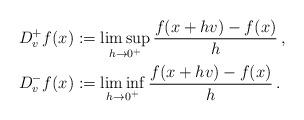
LaTeX: \begin{align*}D^+_vf(x) & := \limsup_{h\to 0^+} \frac{f(x+hv)-f(x)}{h}\, , \\D^-_vf(x) & := \liminf_{h\to 0^+} \frac{f(x+hv)-f(x)}{h}\, .\end{align*}